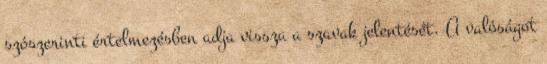
szószerinti értelmezésben adja vissza a szavak jelentését. A valóságot